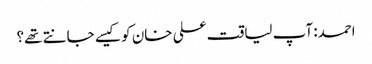
احمد: آپ لیاقت علی خان کو کیسے جانتے تھے؟